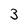
Character: 3